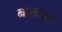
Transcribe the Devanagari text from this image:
बकाडा